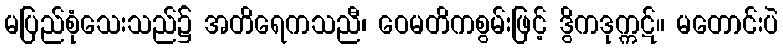
မပြည်စုံသေးသည်၌ အတိရေကသညီ၊ ဝေမတိကစွမ်းဖြင့် ဒွိကဒုက္ကဋ်။ မတောင်းပဲ